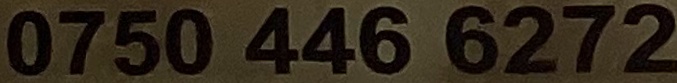
0750 446 6272